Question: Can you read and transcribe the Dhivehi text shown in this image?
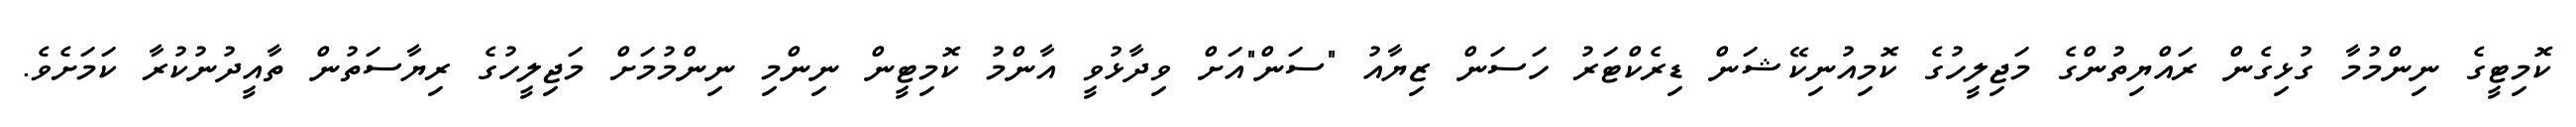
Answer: ކޮމިޓީގެ ނިންމުމާ ގުޅިގެން ރައްޔިތުންގެ މަޖިލީހުގެ ކޮމިއުނިކޭޝަން ޑިރެކްޓަރު ހަސަން ޒިޔާއު "ސަން"އަށް ވިދާޅުވީ އާންމު ކޮމިޓީން ނިންމި ނިންމުމަށް މަޖިލީހުގެ ރިޔާސަތުން ތާއީދުނުކުރާ ކަމަށެވެ.